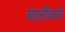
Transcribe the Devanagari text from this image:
बालोंवाले